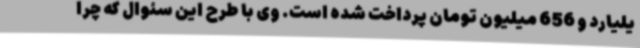
یلیارد و 656 میلیون تومان پرداخت شده است. وی با طرح این سئوال که چرا